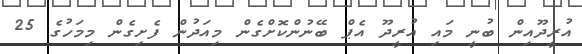
އުރީދޫއިން ބުނީ މައި އުރީދޫ އެޕް ބޭނުންކޮށްގެން މިއަދުން ފެށިގެން މިމަހުގެ 25